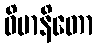
ဝိမာနိတော